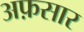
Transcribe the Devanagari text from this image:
अफ़सार